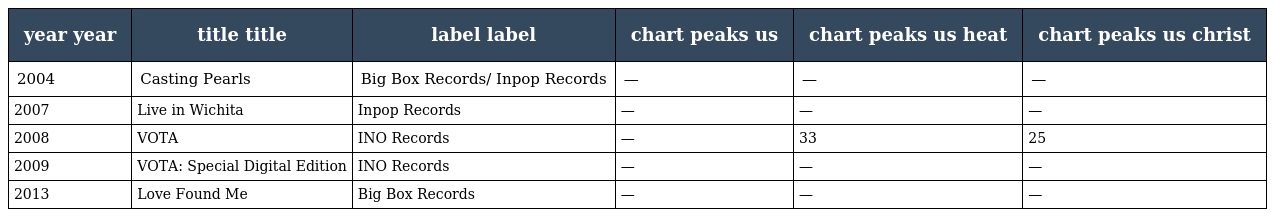
| year year | title title | label label | chart peaks us | chart peaks us heat | chart peaks us christ |
 | --- | --- | --- | --- | --- | --- |
 | 2004 | Casting Pearls | Big Box Records/ Inpop Records | — | — | — |
 | 2007 | Live in Wichita | Inpop Records | — | — | — |
 | 2008 | VOTA | INO Records | — | 33 | 25 |
 | 2009 | VOTA: Special Digital Edition | INO Records | — | — | — |
 | 2013 | Love Found Me | Big Box Records | — | — | — |